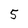
Character: 5